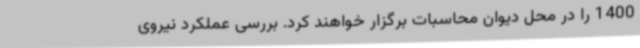
1400 را در محل دیوان محاسبات برگزار خواهند کرد. بررسی عملکرد نیروی